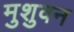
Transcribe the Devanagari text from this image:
मुशुवन